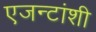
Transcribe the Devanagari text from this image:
एजन्टांशी